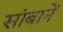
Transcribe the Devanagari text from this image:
सांबानें